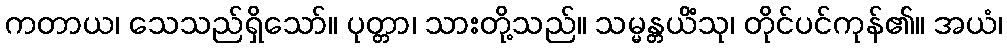
ကတာယ၊ သေသည်ရှိသော်။ ပုတ္တာ၊ သားတို့သည်။ သမ္မန္တယိံသု၊ တိုင်ပင်ကုန်၏။ အယံ၊